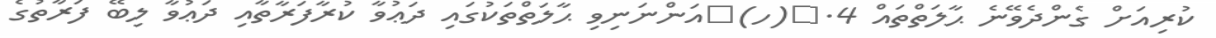
ކުރިއަށް ގެންދެވޭނެ ޙާލަތްތައް 4.	(ހ)	އަންނަނިވި ޙާލަތްތަކުގައި ދަޢުވާ ކުރާފަރާތާއި ދަޢުވާ ލިބޭ ފަރާތުގެ